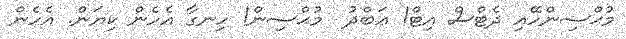
މުޙްސިންހޭއި ދެޓްސް އިޓް! ޢަބްދު  މުޙްސިން! ހިނގާ އެހެން ކިޔަން. އެހެން